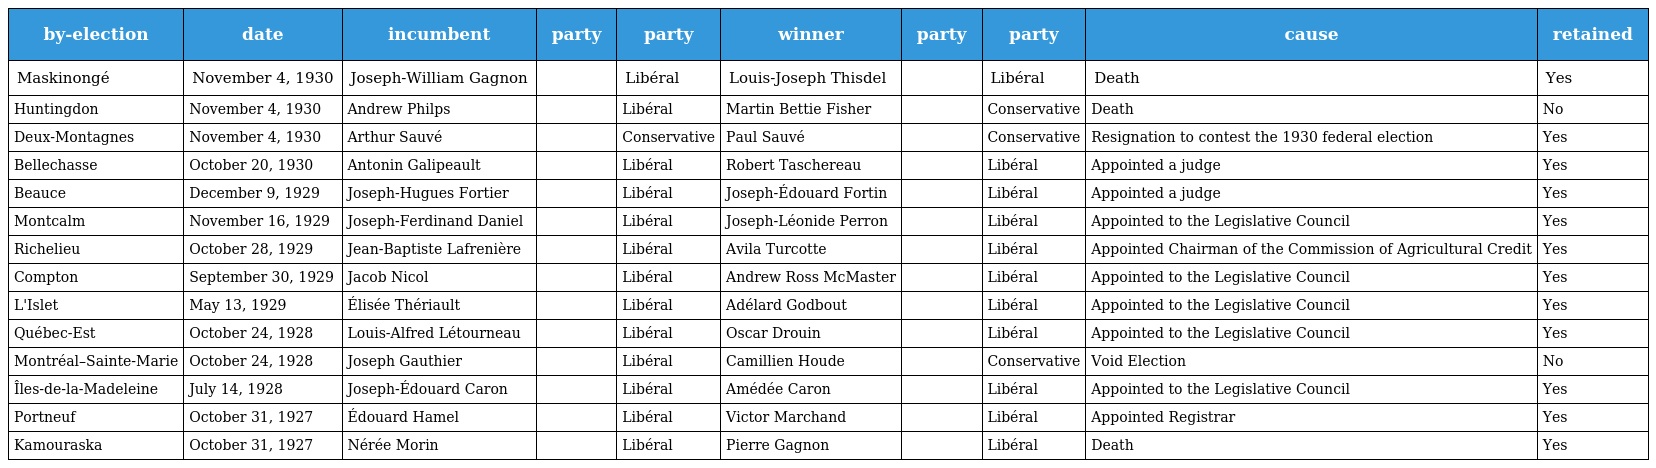
| by-election | date | incumbent | party | party | winner | party | party | cause | retained |
 | --- | --- | --- | --- | --- | --- | --- | --- | --- | --- |
 | Maskinongé | November 4, 1930 | Joseph-William Gagnon |  | Libéral | Louis-Joseph Thisdel |  | Libéral | Death | Yes |
 | Huntingdon | November 4, 1930 | Andrew Philps |  | Libéral | Martin Bettie Fisher |  | Conservative | Death | No |
 | Deux-Montagnes | November 4, 1930 | Arthur Sauvé |  | Conservative | Paul Sauvé |  | Conservative | Resignation to contest the 1930 federal election | Yes |
 | Bellechasse | October 20, 1930 | Antonin Galipeault |  | Libéral | Robert Taschereau |  | Libéral | Appointed a judge | Yes |
 | Beauce | December 9, 1929 | Joseph-Hugues Fortier |  | Libéral | Joseph-Édouard Fortin |  | Libéral | Appointed a judge | Yes |
 | Montcalm | November 16, 1929 | Joseph-Ferdinand Daniel |  | Libéral | Joseph-Léonide Perron |  | Libéral | Appointed to the Legislative Council | Yes |
 | Richelieu | October 28, 1929 | Jean-Baptiste Lafrenière |  | Libéral | Avila Turcotte |  | Libéral | Appointed Chairman of the Commission of Agricultural Credit | Yes |
 | Compton | September 30, 1929 | Jacob Nicol |  | Libéral | Andrew Ross McMaster |  | Libéral | Appointed to the Legislative Council | Yes |
 | L'Islet | May 13, 1929 | Élisée Thériault |  | Libéral | Adélard Godbout |  | Libéral | Appointed to the Legislative Council | Yes |
 | Québec-Est | October 24, 1928 | Louis-Alfred Létourneau |  | Libéral | Oscar Drouin |  | Libéral | Appointed to the Legislative Council | Yes |
 | Montréal–Sainte-Marie | October 24, 1928 | Joseph Gauthier |  | Libéral | Camillien Houde |  | Conservative | Void Election | No |
 | Îles-de-la-Madeleine | July 14, 1928 | Joseph-Édouard Caron |  | Libéral | Amédée Caron |  | Libéral | Appointed to the Legislative Council | Yes |
 | Portneuf | October 31, 1927 | Édouard Hamel |  | Libéral | Victor Marchand |  | Libéral | Appointed Registrar | Yes |
 | Kamouraska | October 31, 1927 | Nérée Morin |  | Libéral | Pierre Gagnon |  | Libéral | Death | Yes |